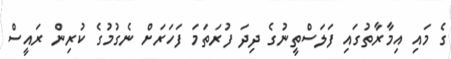
ގެ މައި އިމާރާތުގައި ފަލަސްތީނުގެ ދިދަ ފުރަތަމަ ފަހަރަށް ނެގުުމުގެ ކުރިން ރައީސް